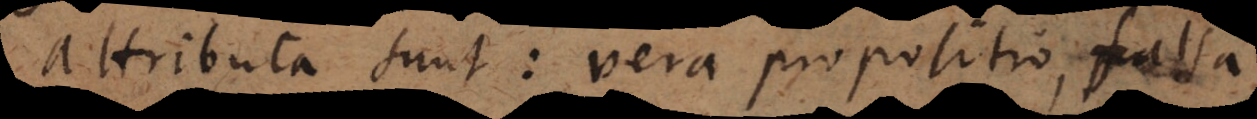
attributa sunt: vera propositio, falsa